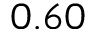
0 . 6 0